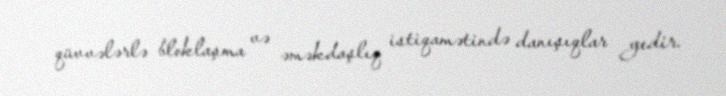
qüvvələrlə bloklaşma və əməkdaşlıq istiqamətində danışıqlar gedir.